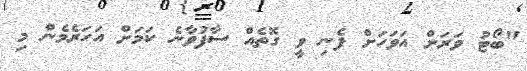
"ބޯޓު ވަރަށް އަވަހަށް ފެނި ވީ ގޮތެއް ސާފުވާނެ ކަމަށް އަހަރެމެން މި